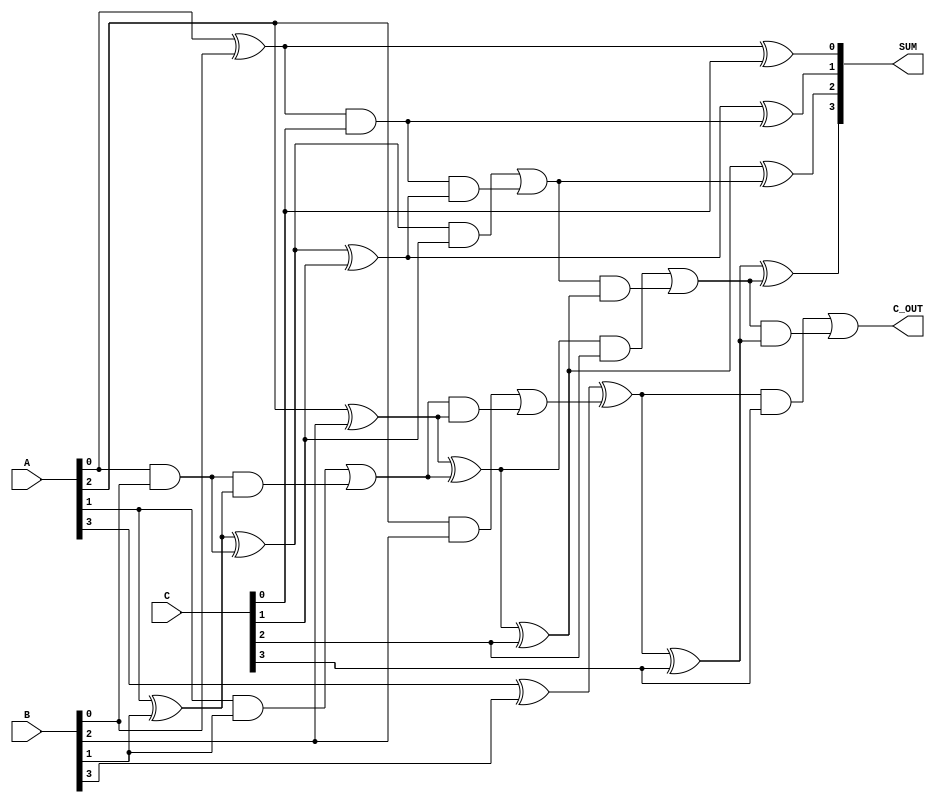
module CarrySaveAdder #(
    parameter WIDTH = 4 // Width of the input numbers
)(
    input [WIDTH-1:0] A, // First operand
    input [WIDTH-1:0] B, // Second operand
    input [WIDTH-1:0] C, // Third operand (and can be extended for more inputs)
    output [WIDTH-1:0] SUM,  // Final sum output
    output C_OUT           // Carry out
);
    wire [WIDTH-1:0] S1, S2;
    wire [WIDTH-1:0] C1, C2;

    // Full adders for CSA
    genvar i;
    generate
        for (i = 0; i < WIDTH; i = i + 1) begin : full_adder
            if (i == 0) begin
                // First stage: Adding A and B along with the zero carry in
                assign S1[i] = A[i] ^ B[i];    // Initial sum
                assign C1[i] = A[i] & B[i];    // Initial carry
            end else begin
                // Subsequent stages
                assign S1[i] = A[i] ^ B[i] ^ C1[i-1]; // Sum with carry from previous stage
                assign C1[i] = (A[i] & B[i]) | (C1[i-1] & (A[i] ^ B[i])); // Carry calculation
            end
        end
    endgenerate

    // Second stage: Adding intermediate sum S1 with carry C along with C from previous stage
    generate
        for (i = 0; i < WIDTH; i = i + 1) begin : final_adder
            if (i == 0) begin
                // Final stage: Adding S1 and C2 along with the zero carry in
                assign S2[i] = S1[i] ^ C[i]; // Final sum
                assign C2[i] = S1[i] & C[i]; // Final carry
            end else begin
                // Additional bits
                assign S2[i] = S1[i] ^ C[i] ^ C2[i-1]; // Sum with carry from previous stage
                assign C2[i] = (S1[i] & C[i]) | (C2[i-1] & (S1[i] ^ C[i])); // Carry calculation
            end
        end
    endgenerate

    // Final outputs
    assign SUM = S2;
    assign C_OUT = C2[WIDTH-1]; // carry out from the last full adder
    
endmodule